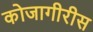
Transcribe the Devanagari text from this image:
कोजागीरीस